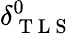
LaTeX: \delta_{\mathrm{~T~L~S~}}^{0}